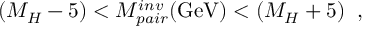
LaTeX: ( M _ { H } - 5 ) < M _ { p a i r } ^ { i n v } ( \mathrm { G e V } ) < ( M _ { H } + 5 ) \; \; ,